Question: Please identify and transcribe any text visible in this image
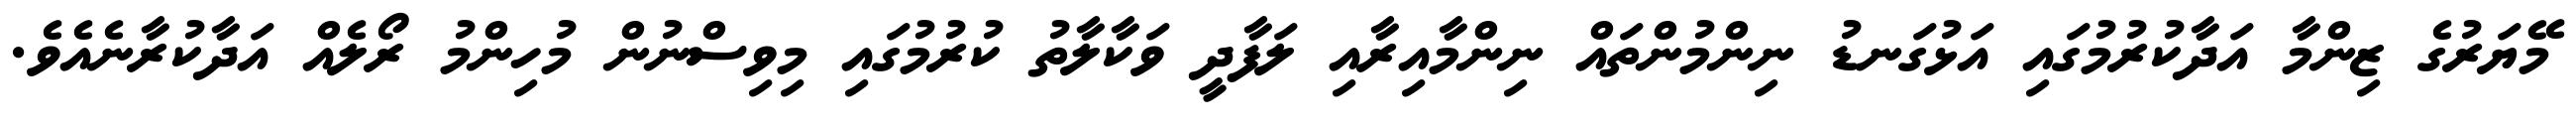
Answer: މޭޔަރުގެ ޒިންމާ އަދާކުރުމުގައި އަޅުގަނޑު ނިންމުންތައް ނިންމާއިރާއި ލަފާދީ ވަކާލާތު ކުރުމުގައި މިވިސްނުން މުހިންމު ރޯލެއް އަދާކުރާނެއެވެ.